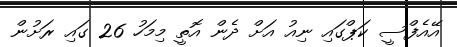
އޭއެފްސީ ކަޕްގައި ނިއު އަށް ދެން އޮތީ މިމަހު 26 ގައި ރަށުން